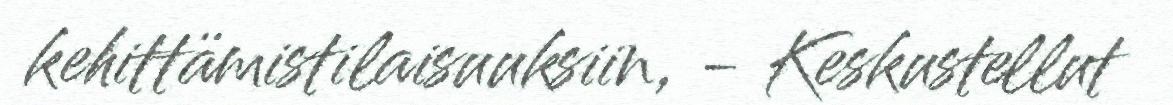
kehittämistilaisuuksiin, - Keskustellut